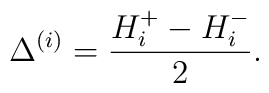
\Delta^{(i)} = \frac{H_i^+-H_i^-}{2}.